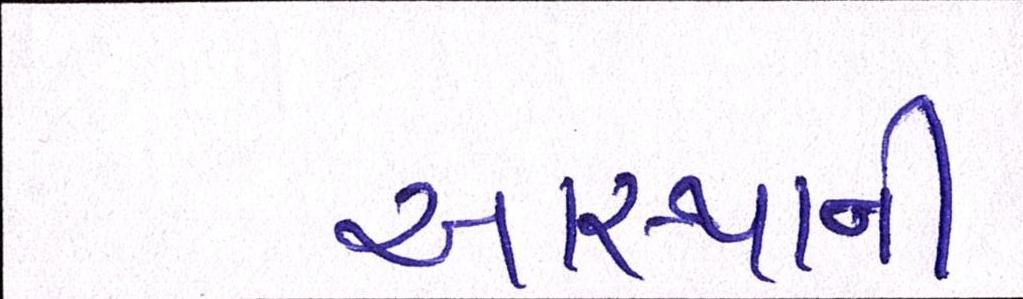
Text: આસ્થાની